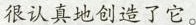
很认真地创造了它。